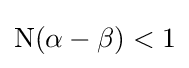
\mathrm {N} (\alpha -\beta )<1